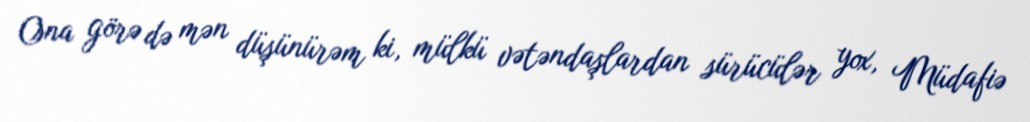
Ona görə də mən düşünürəm ki, mülkü vətəndaşlardan sürücülər yox, Müdafiə